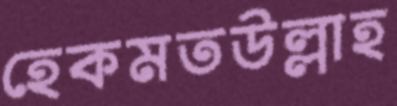
হেকমতউল্লাহ